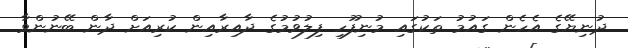
ދުނިޔޭގެ އެހެން ގައުމު ތަކުގައި މުނިފޫހި ފިލުވުމުގެ ދާއިރާއިން ކުރިއަށް ދާން ބޭނުންވާ